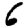
Digit: 6